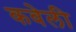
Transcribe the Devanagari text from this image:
कवेली